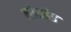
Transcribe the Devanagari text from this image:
लोशहेड